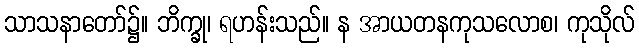
သာသနာတော်၌။ ဘိက္ခု၊ ရဟန်းသည်။ န အာယတနကုသလောစ၊ ကုသိုလ်